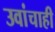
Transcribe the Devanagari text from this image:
उवांचाही